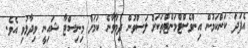
އެފަދަ ކަންކަމުން އިންވެސްޓްމަންޓްތަކަށް ލަސްވުން ދިމާވާނެ ކަމަށް މިނިސްޓާ ޝައިނީ ވިދާޅުވި އެވެ.